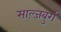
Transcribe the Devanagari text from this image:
साल्ज़बुर्ग